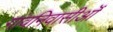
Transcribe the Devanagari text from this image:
गांवनिवासीऒं